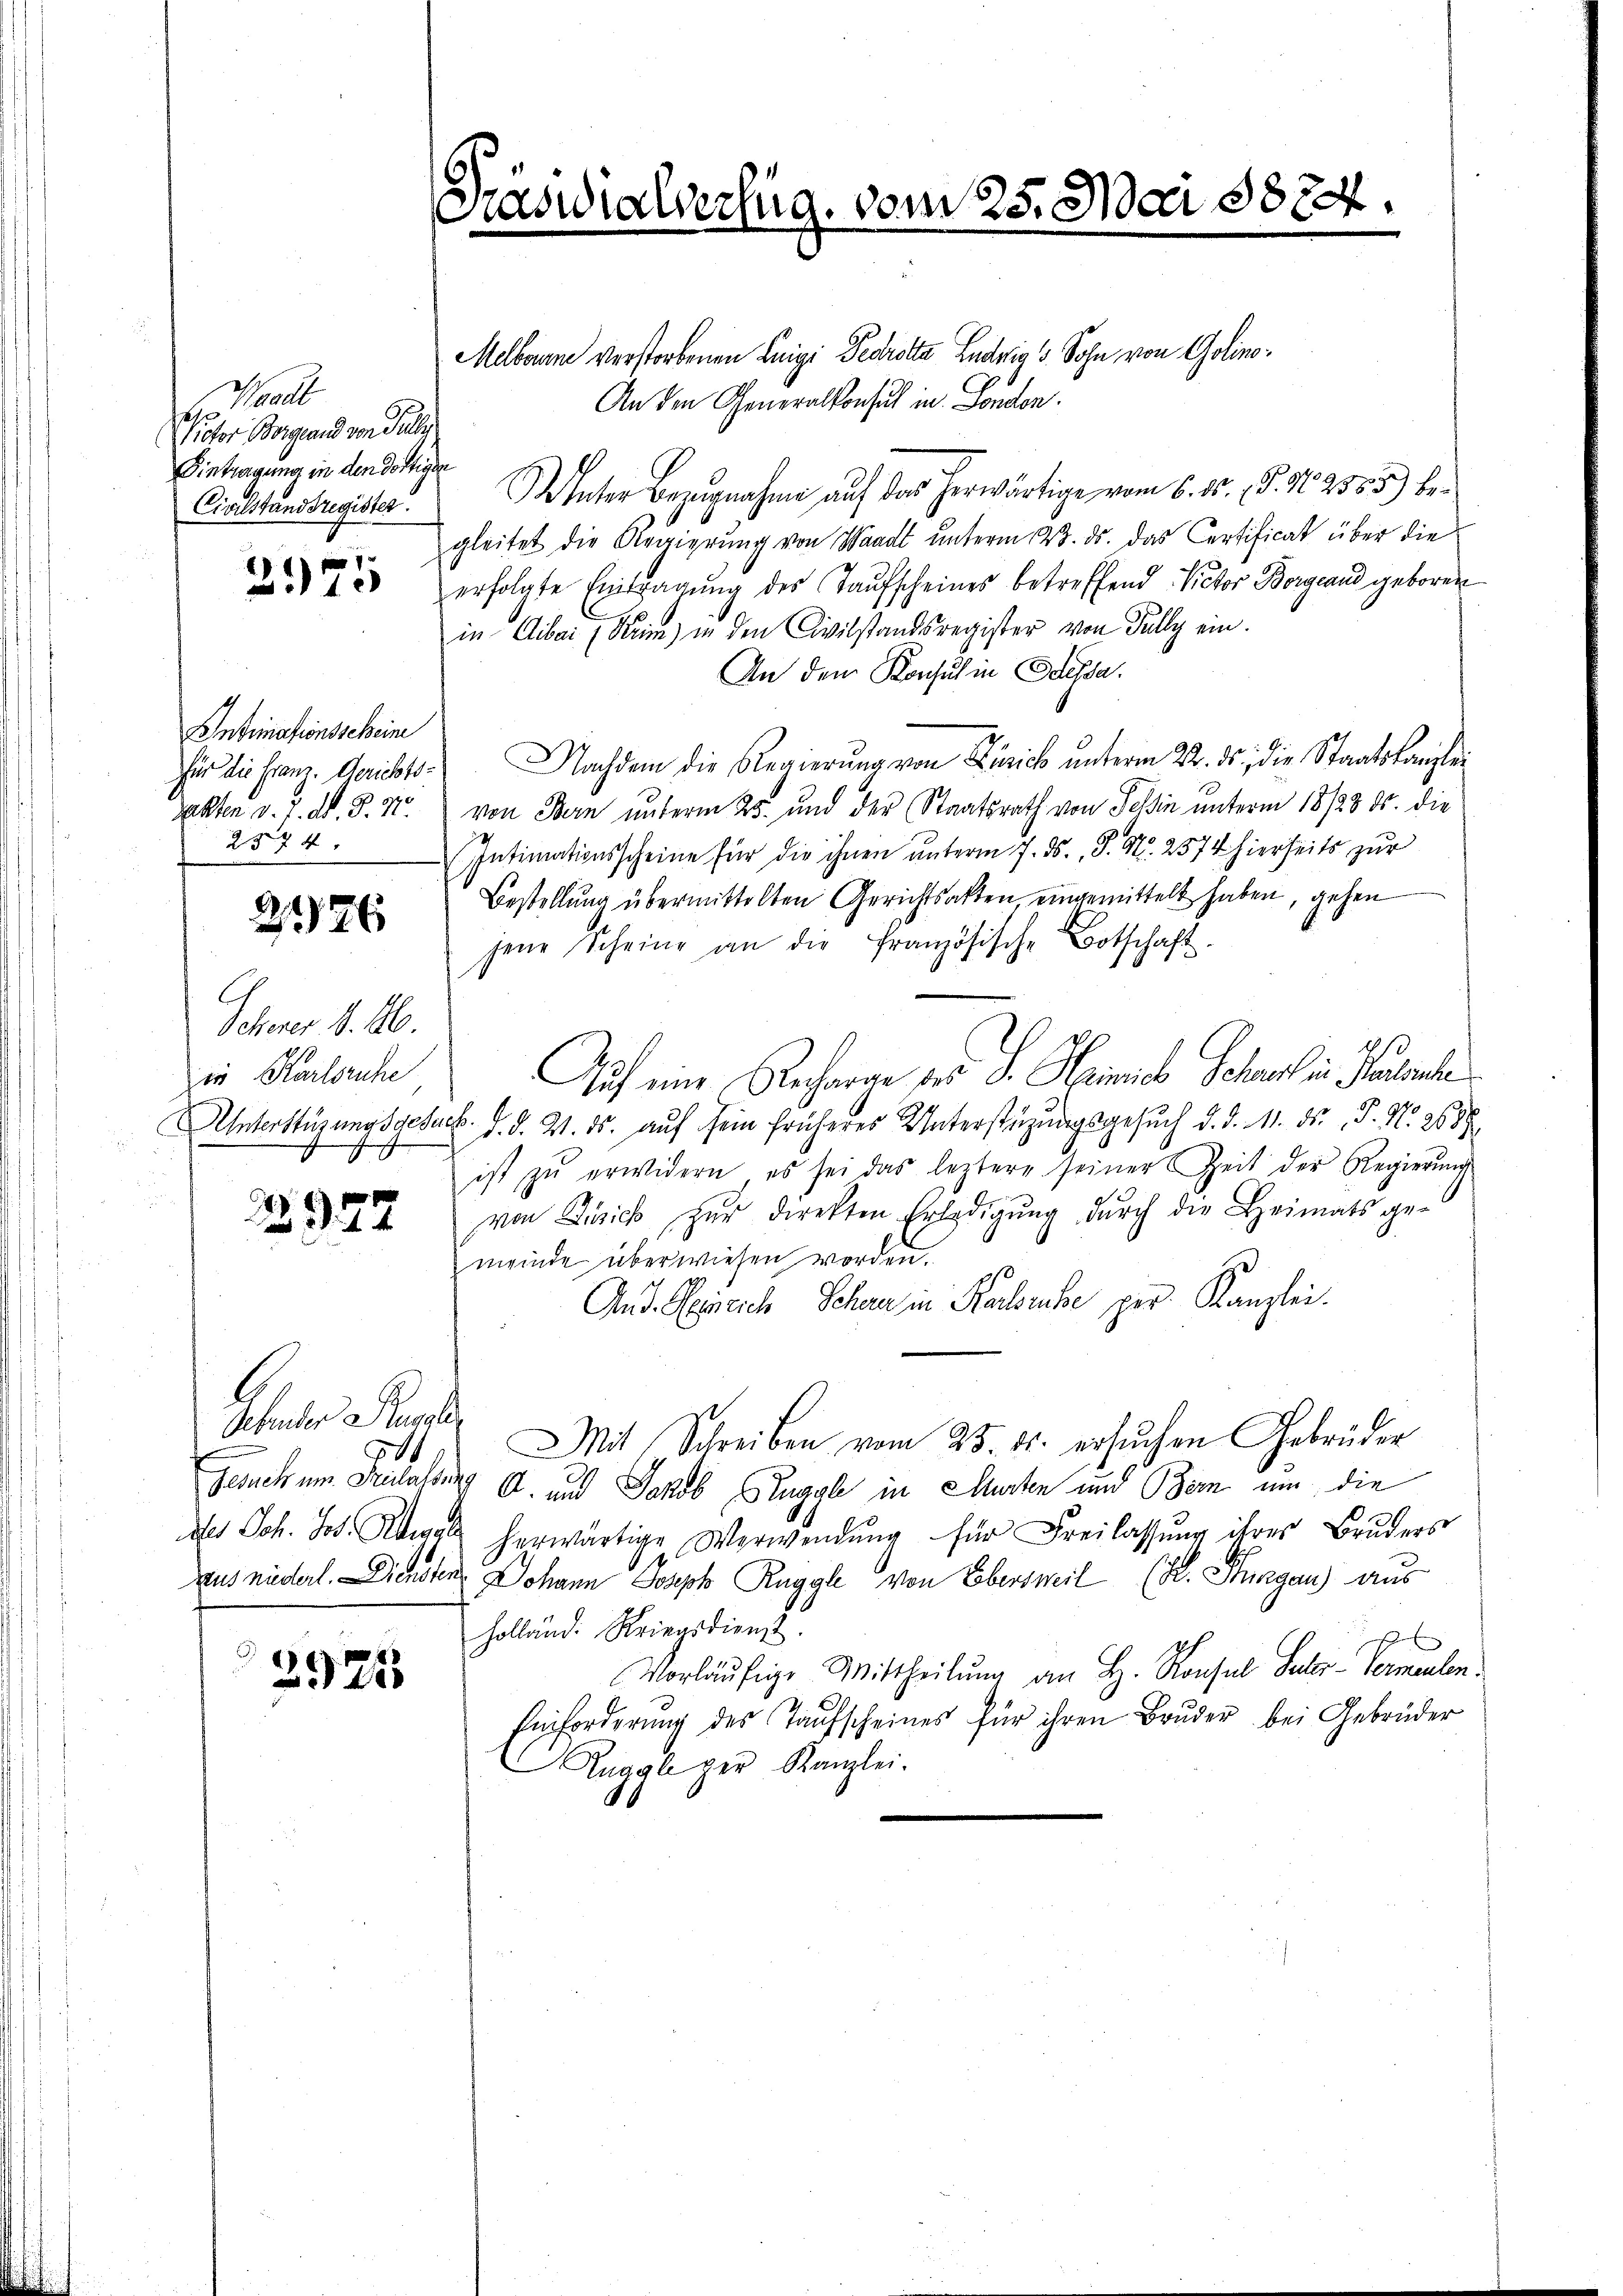
al
Victor Borgeland von Jully
Eintragung in den dortigen
Civilstandsregister.

2975

Intimationsscheine
Takten v. J. A. S. 71.
2574.

276

Scherer K. A.
iin Karlsruhe

2927

Gebender Supple
11
de Joh. Jos. Regel

2925

Melbaume verstorbenen Luigi Perotta Ludwig Sohn von Golino¬
An den Generalkonsul in London.
D Vnter Bezugnahme auf das herwärtige vom 6. 10. §. 16. 2555) be-
gleitet die Regierung von Waadt unterm 23. ds. das Certificat über die
erfolgte Eintragŭng des Taufscheines betreffend Victor Bergland geboren
in Cibai (Stein) in den Civilstandsregister von Fully ein.
An den Konsul in Odessa.
für die Franz. Gerichte. Nachdem die Regierŭng von Zürich ŭnterm 22. ds., die Staatskanzlei
von Bern unterm 25. und der Staatsrath von Teßin unterm 18/28 85. die
Intimationsscheine für die ihnen unterm 7. ds. S. Nr. 2574 hierheits zur
Bestellung übermittelten Gerichtsalten, eingemittelt haben, gehen
jene Scheine an die Französische Botschaft.
Auf eine Recharge der S. Seines Schart in Parente
Unterstüzungsgesuch. d. d. 21. ds. auf sein früheres Unterstüzungsgesuch d. d. 11. ds P. Nr. 2688
ist zŭ erwidern, es sei das leitere seiner Zeit der Regierŭng.
von Zusick für direkten Erledigŭng dŭrch die Heimats ge-
meinde überwiesen worden.
And. Experich Schen in Rachrube per Kanzlei
Mit Schreiben vom 25. ds. ersŭchen Gebrüder
Gesuch um Drulassung A. und Jakob Suggle in Murten und Bern um die
herwärtige Verwendung für Freilassung ihres Bruders
f
Daus niderl. Diensten Johann Joseph Raggle von Ebersweil (H. Sturgau) aus
holländ. Kriegsdienst
x
Vorläufige Mittheilung an H. Konsul Scher - Vermenlen¬
Einforderung des Taufscheines für ihren Bruder bei Gebrüder
Rugale per Kanzlei.

Maswialverfug. vom 25. Mai 1874.